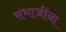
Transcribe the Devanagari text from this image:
संभाजींना